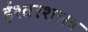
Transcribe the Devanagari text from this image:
ईश्वरशास्त्र